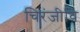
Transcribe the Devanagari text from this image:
चिरंजीवि